Report on the bubonic plague in Bombay, 1896-1897
Year: 1896
Disease focus: Plague
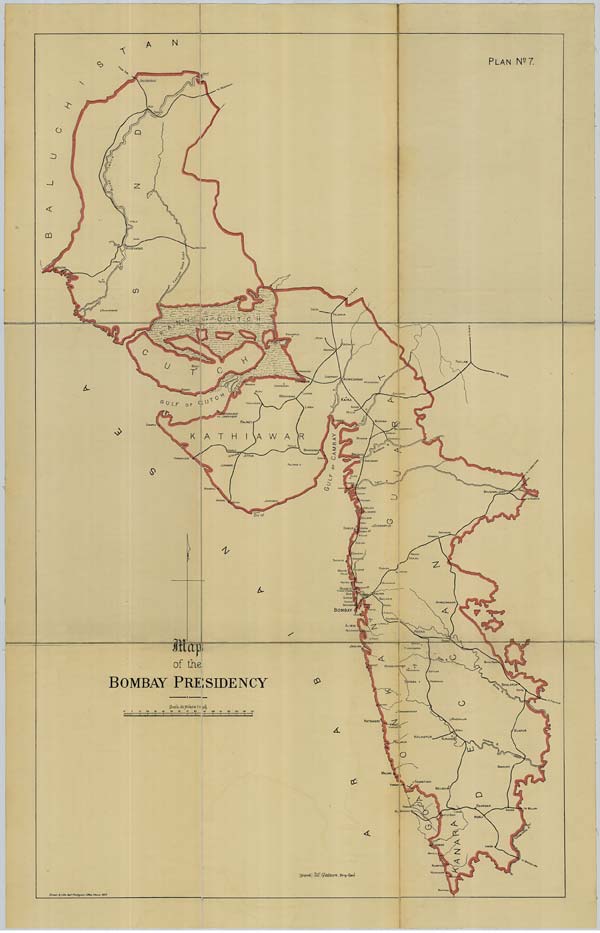
PLAN No: 7.
(Signed) W. Gatacre, Brig: Genl.
Drawn & Litho: Govt. Photozinco: Office, Poona, 1897.